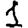
Digit: 1